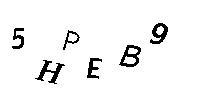
5HPEB9